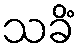
သခိံ